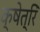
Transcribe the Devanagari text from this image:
क्षेत्रिं